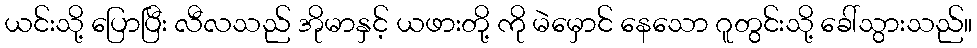
ယင်းသို့ ပြောပြီး လီလသည် အိုမာနှင့် ယဖားတို့ ကို မဲမှောင် နေသော ဂူတွင်းသို့ ခေါ်သွားသည်။